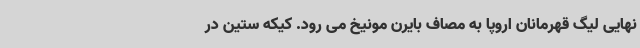
نهایی لیگ قهرمانان اروپا به مصاف بایرن مونیخ می رود. کیکه ستین در